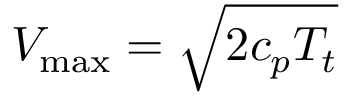
V _ { \mathrm { m a x } } = { \sqrt { 2 c _ { p } T _ { t } } }